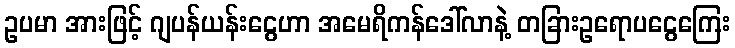
ဥပမာ အားဖြင့် ဂျပန်ယန်းငွေဟာ အမေရိကန်ဒေါ်လာနဲ့ တခြားဥရောပငွေကြေး